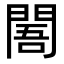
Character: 䦜